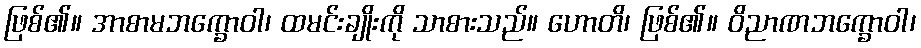
ဖြစ်၏။ အာစာမဘက္ခောဝါ၊ ထမင်းချိုးကို သာစားသည်။ ဟောတိ၊ ဖြစ်၏။ ဝိညာဏဘက္ခောဝါ၊